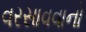
વરસાવવાનો